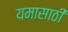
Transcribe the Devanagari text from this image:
यमासाठी